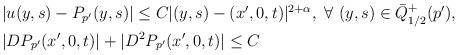
LaTeX: \begin{align*} \begin{aligned} &|u(y,s)-P_{p'}(y,s)|\leq C|(y,s)-(x',0,t)|^{2+\alpha}, ~\forall ~(y,s)\in \bar{Q}_{1/2}^{+}(p'),\\ &|D P_{p'}(x',0,t)|+|D^2 P_{p'}(x',0,t)|\leq C \end{aligned}\end{align*}